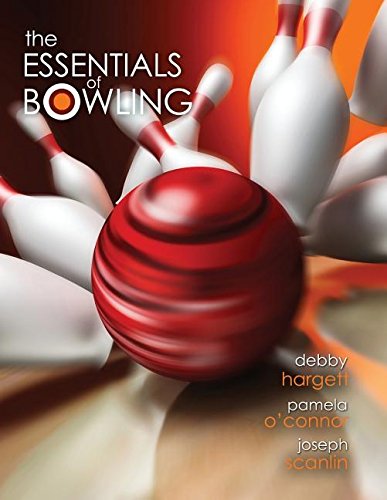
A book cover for The Essentials of Bowling; HARGETT  DEBORAH; Sports & Outdoors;